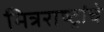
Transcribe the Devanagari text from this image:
मित्रराष्ट्रांचे